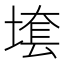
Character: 𱗛